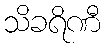
သိခရိဏီ